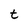
Character: t